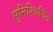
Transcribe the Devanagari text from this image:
सुनिश्चिचित